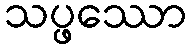
သပ္ဖဿော